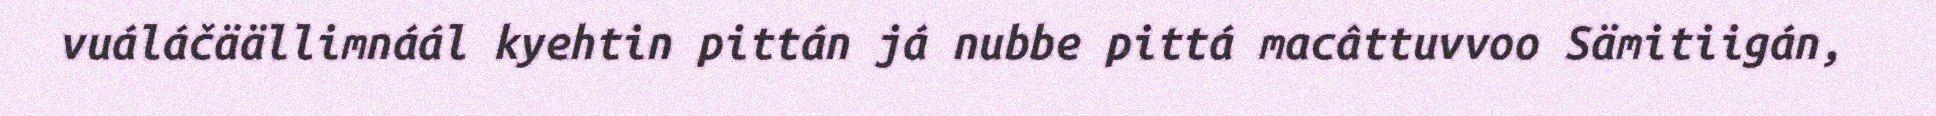
vuáláčäällimnáál kyehtin pittán já nubbe pittá macâttuvvoo Sämitiigán,